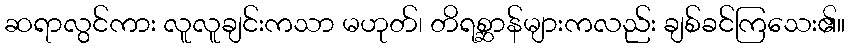
ဆရာလွင်ကား လူလူချင်းကသာ မဟုတ်၊ တိရစ္ဆာန်များကလည်း ချစ်ခင်ကြသေး၏။